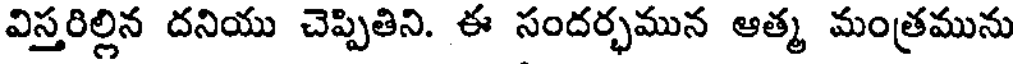
విస్తరిల్లిన దనియు చెప్పితిని. ఈ సందర్భమున ఆత్మ మంత్రమును